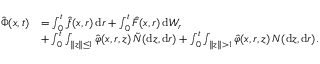
\begin{array} { r l } { \hat { \Phi } ( x , t ) } & { = \int _ { 0 } ^ { t } \hat { f } ( x , r ) \, \mathrm { d } r + \int _ { 0 } ^ { t } \hat { F } ( x , r ) \, \mathrm { d } W _ { r } } \\ & { + \int _ { 0 } ^ { t } \int _ { \| z \| \leq 1 } \hat { \varphi } ( x , r , z ) \, \tilde { N } ( \mathrm { d } z , \mathrm { d } r ) + \int _ { 0 } ^ { t } \int _ { \| z \| > 1 } \hat { \varphi } ( x , r , z ) \, N ( \mathrm { d } z , \mathrm { d } r ) . } \end{array}